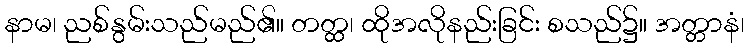
နာမ၊ ညစ်နွမ်းသည်မည်၏။ တတ္ထ၊ ထိုအလိုနည်းခြင်း စသည်၌။ အတ္တာနံ၊